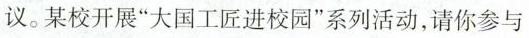
议。某校开展”大国工匠进校园”系列活动，请你参与